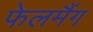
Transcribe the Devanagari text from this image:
फेलमैंग